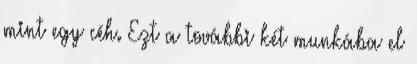
mint egy céh. Ezt a további két munkába el